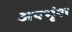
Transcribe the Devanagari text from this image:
अपभृंश